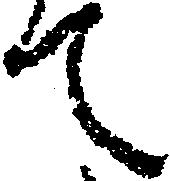
て